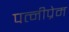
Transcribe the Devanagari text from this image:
पत्नीप्रेम